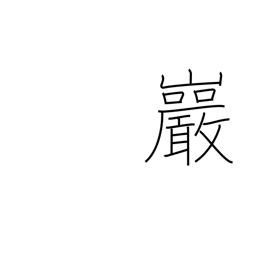
Meaning: crag